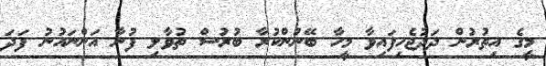
މީގެ އިތުރުން ދަދުޖެހިފައިވާ މީހާ ބޭނުންކުރާ ބުރުސް ތުވާލި ފުނާ އަންނައުނު ފަދަ